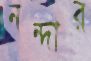
নন্দার